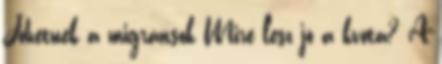
Jöhetnek a migránsok Mire lesz jó a kvóta? A